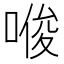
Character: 𪡟